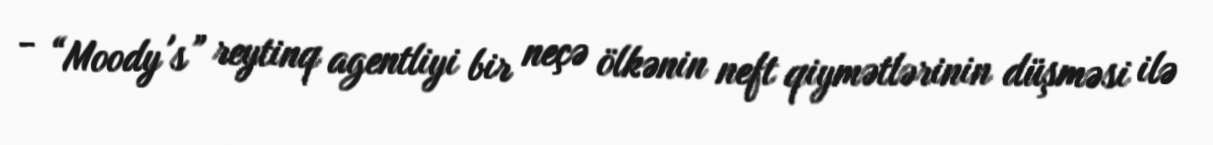
- “Moody's” reytinq agentliyi bir neçə ölkənin neft qiymətlərinin düşməsi ilə